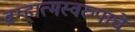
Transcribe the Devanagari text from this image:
ब्रम्हात्मस्वरुपाचे